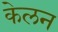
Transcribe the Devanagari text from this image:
केलन